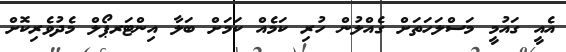
އެއީ ގައުމީ މަސްލަހަތަށް ގެއްލުން ހުރި ކަމެއް ކަމަށް ބަލާ އިންޓަރޕޯލް މެދުވެރިކޮށް